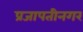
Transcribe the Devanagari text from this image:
प्रजापतीनगर